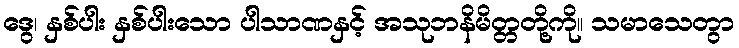
ဒွေ၊ နှစ်ပါး နှစ်ပါးသော ပါသာဏနှင့် အသုဘနိမိတ္တတို့ကို။ သမာသေတွာ